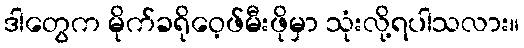
ဒါတွေက မိုက်ခရိုဝေ့ဖ်မီးဖိုမှာ သုံးလို့ရပါသလား။